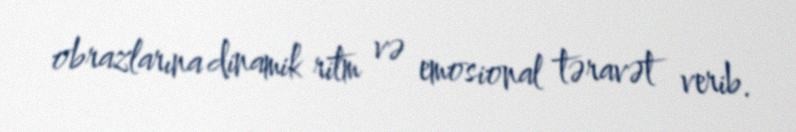
obrazlarına dinamik ritm və emosional təravət verib.